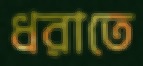
ধরাতে